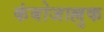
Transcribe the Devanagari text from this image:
कंबोजाल्लुक